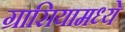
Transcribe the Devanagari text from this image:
ग्रासियामध्ये